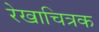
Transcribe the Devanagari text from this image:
रेखाचित्रक